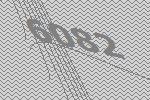
6082